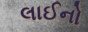
લાઈનો